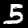
Label: 5